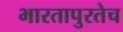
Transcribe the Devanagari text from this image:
भारतापुरतेच